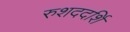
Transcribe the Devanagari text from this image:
रुशददर्शि